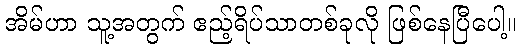
အိမ်ဟာ သူ့အတွက် ဧည့်ရိပ်သာတစ်ခုလို ဖြစ်နေပြီပေါ့။